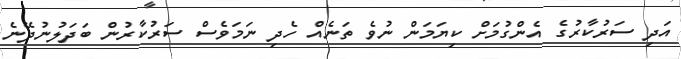
އަދި ސަރުކާރުގެ އެންގުމަށް ކިޔަމަން ނުވެ ތަނެއް ހެދި ނަމަވެސް ސަރުކާރުން ބަދަލުނުދޭނެ